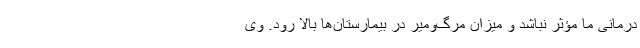
درمانی ما مؤثر نباشد و میزان مرگ‌ومیر در بیمارستان‌ها بالا رود. وی